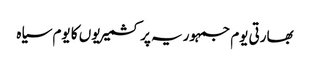
بھارتی یوم جمہوریہ پر کشمیریوں کا یوم سیاہ